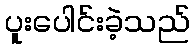
ပူးပေါင်းခဲ့သည်